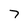
Character: 7